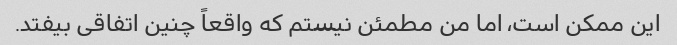
این ممکن است، اما من مطمئن نیستم که واقعاً چنین اتفاقی بیفتد.